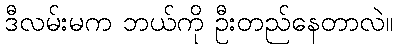
ဒီလမ်းမက ဘယ်ကို ဦးတည်နေတာလဲ။